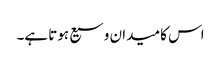
اس کا میدان وسیع ہوتا ہے۔